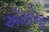
ઍમોના